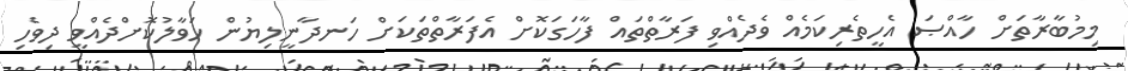
މިމުބާރާތަށް ހާއްޞަ އެހީތެރިކަމެއް ވެދެއްވި ފަރާތްތައް ފާހަގަކޮށް އެފަރާތްތަކަށް ހަނދާނީލިޔުން ހަވާލުކޮށްދެއްވީ ދިވެހި